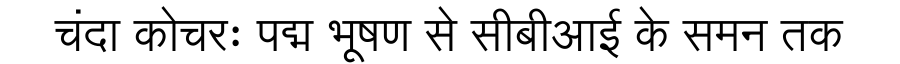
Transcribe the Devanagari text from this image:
चंदा कोचरः पद्म भूषण से सीबीआई के समन तक